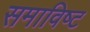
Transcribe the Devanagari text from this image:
समाविष्‍ट